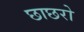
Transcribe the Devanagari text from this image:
छाछरो